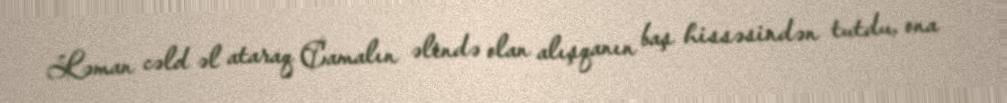
Ləman cəld əl ataraq Camalın əlində olan alışqanın baş hissəsindən tutdu, ona